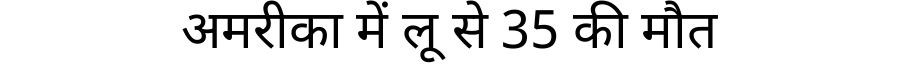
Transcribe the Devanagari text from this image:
अमरीका में लू से 35 की मौत